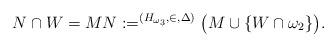
LaTeX: \begin{align*}N \cap W = M N:=^{(H_{\omega_3},\in,\Delta)}\big( M \cup \{ W \cap \omega_2 \} \big).\end{align*}